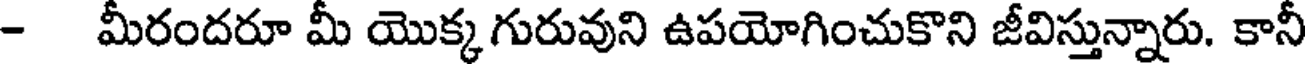
- మీరందరూ మీ యొక్క గురువుని ఉపయోగించుకొని జీవిస్తున్నారు. కానీ